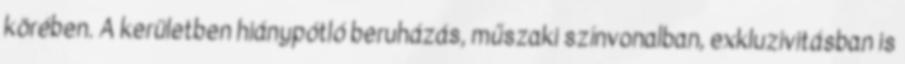
körében. A kerületben hiánypótló beruházás, műszaki színvonalban, exkluzivitásban is